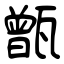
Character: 甑